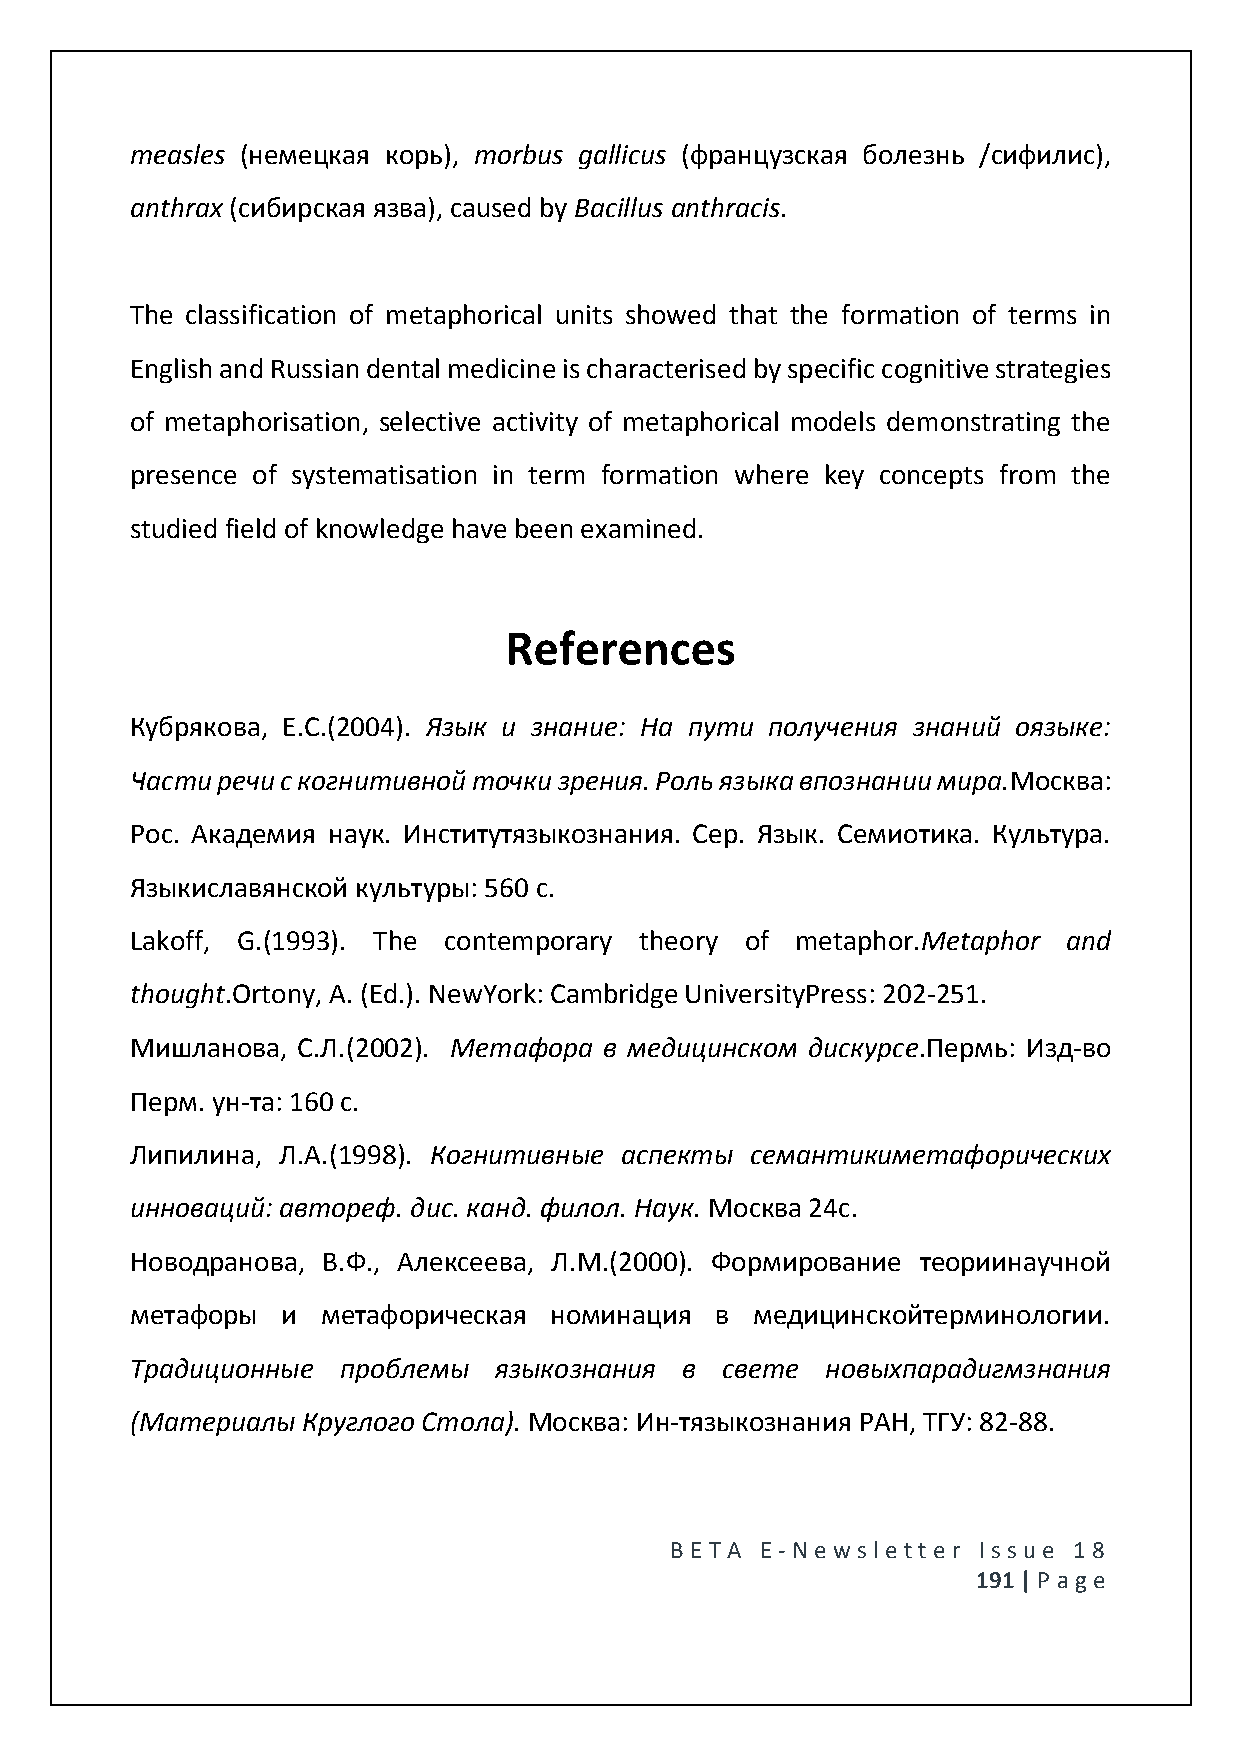
measles (немецкая корь), morbus gallicus (французская болезнь /сифилис),
 anthrax (сибирская язва), caused by Bacillus anthracis.
 The classification of metaphorical units showed that the formation of terms in
 English and Russian dental medicine is characterised by specific cognitive strategies
 of metaphorisation, selective activity of metaphorical models demonstrating the
 presence of systematisation in term formation where key concepts from the
 studied field of knowledge have been examined.
 References
 Кубрякова, Е.С.(2004). Язык и знание: На пути получения знаний оязыке:
 Части речи с когнитивной точки зрения. Роль языка впознании мира.Москва:
 Рос. Академия наук. Институтязыкознания. Сер. Язык. Семиотика. Культура.
 Языкиславянской культуры: 560 с.
 Lakoff, G.(1993). The contemporary theory of metaphor.Metaphor and
 thought.Ortony, A. (Ed.). NewYork: Cambridge UniversityPress: 202-251.
 Мишланова, С.Л.(2002). Метафора в медицинском дискурсе.Пермь: Изд-во
 Перм. ун-та: 160 с.
 Липилина, Л.А.(1998). Когнитивные аспекты семантикиметафорических
 инноваций: автореф. дис. канд. филол. Наук. Москва 24с.
 Новодранова, В.Ф., Алексеева, Л.М.(2000). Формирование теориинаучной
 метафоры  и метафорическая номинация  в  медицинскойтерминологии.
 Традиционные  проблемы  языкознания в  свете  новыхпарадигмзнания
 (Материалы Круглого Стола). Москва: Ин-тязыкознания РАН, ТГУ: 82-88.
 BE T A E -N e wsle tt e r Issue 18
 191 | P age